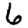
Digit: 6